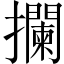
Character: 攔